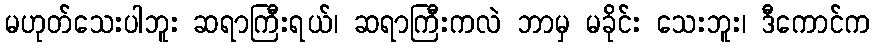
မဟုတ်သေးပါဘူး ဆရာကြီးရယ်၊ ဆရာကြီးကလဲ ဘာမှ မခိုင်း သေးဘူး၊ ဒီကောင်က